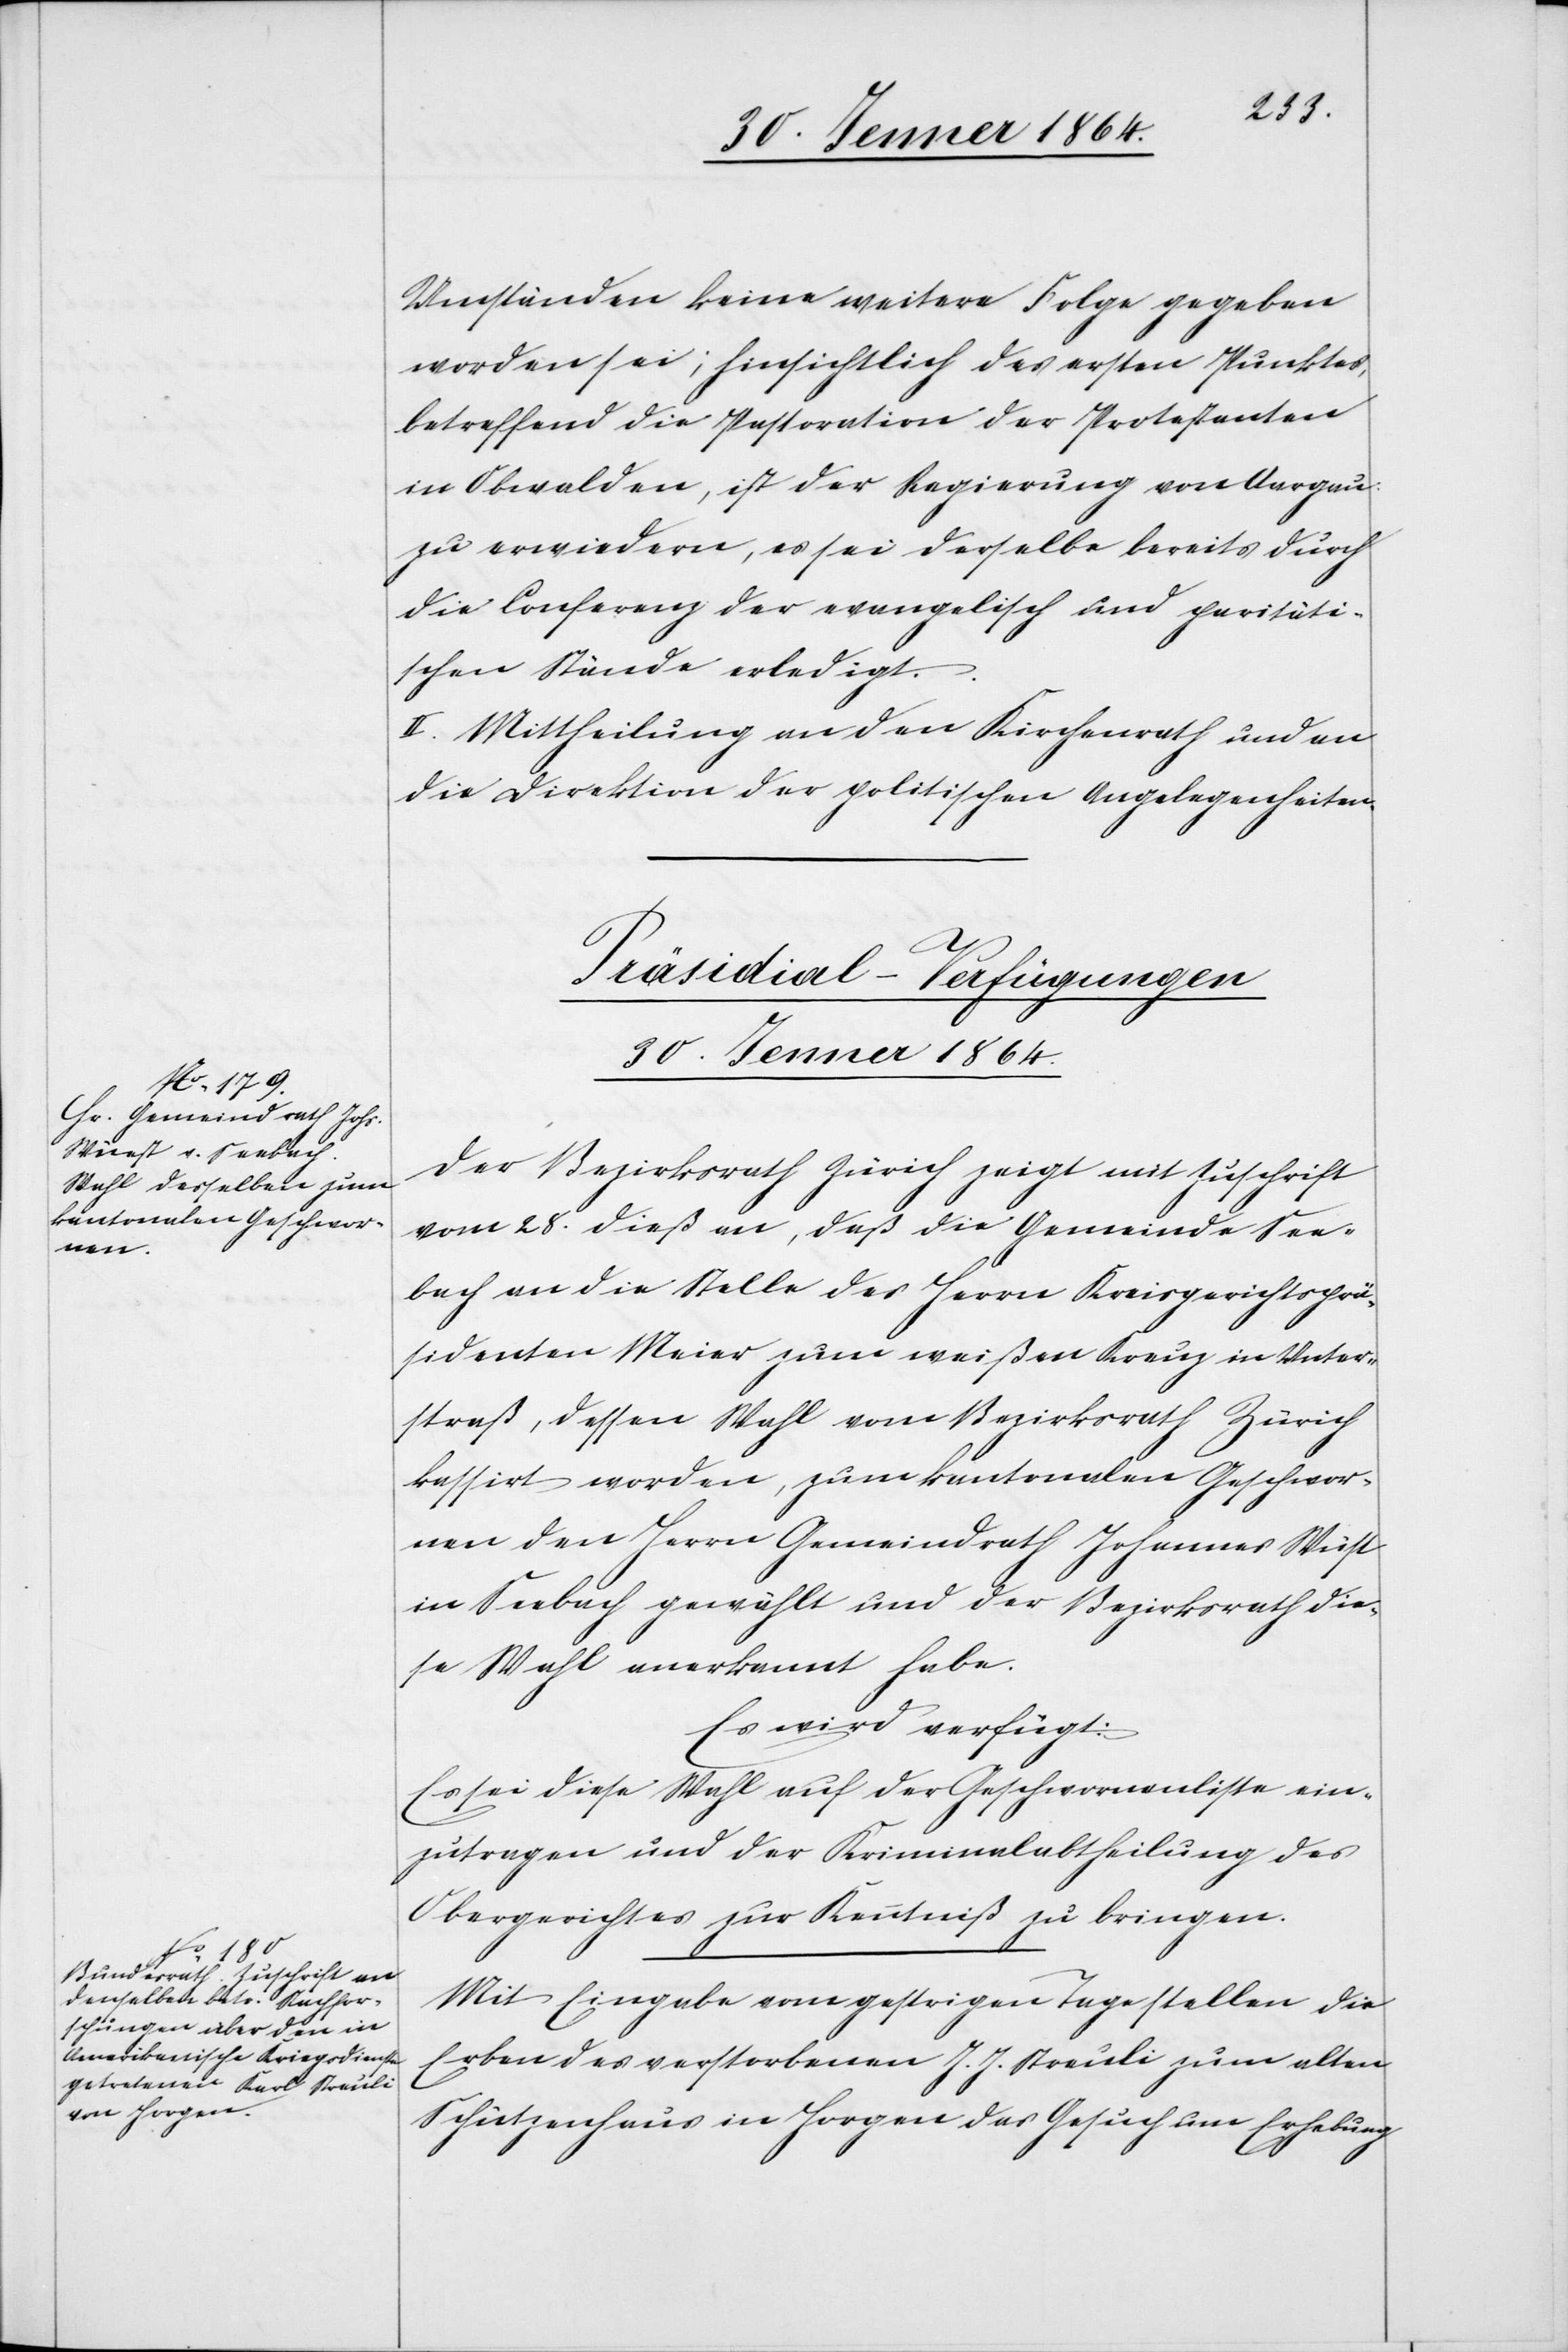
Umständen keine weitere Folge gegeben
worden sei; hinsichtlich des ersten Punktes,
betreffend die Pastoration der Protestanten
in Obwalden, ist der Regierung von Aargau
zu erwiedern, es sei derselbe bereits durch
die Conferenz der evangelisch und paritäti¬
schen Stände erledigt.
II. Mittheilung an den Kirchenrath und an
die Direktion der politischen Angelegenheiten.
[Präsidial-Verfügungen
30. Jenner 1864.]
Der Bezirksrath Zürich zeigt mit Zuschrift
vom 28. dieß an, daß die Gemeinde See¬
bach an die Stelle des Herrn Kreisgerichtsprä¬
sidenten Meier zum weißen Kreuz in Unter¬
straß, dessen Wahl vom Bezirksrath Zürich
kassirt worden, zum kantonalen Geschwore¬
nen den Herrn Gemeindrath Johannes Wüst
in Seebach gewählt und der Bezirksrath die¬
se Wahl anerkannt habe.
Es wird verfügt:
Es sei diese Wahl auf der Geschworenenliste ein¬
zutragen und der Kriminalabtheilung des
Obergerichtes zur Kenntniß zu bringen.
Mit Eingabe vom gestrigen Tage stellen die
Erben des verstorbenen J. J. Streuli zum alten
Schützenhaus in Horgen das Gesuch um Erhebung